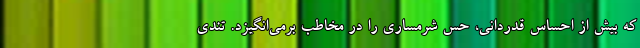
که بیش از احساس قدردانی، حس شرمساری را در مخاطب برمی‌انگیزد. تندی